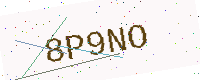
Text: 8P9NO